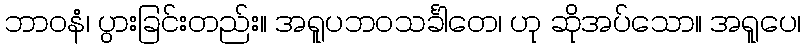
ဘာဝနံ၊ ပွားခြင်းတည်း။ အရူပဘဝသင်္ခါတေ၊ ဟု ဆိုအပ်သော။ အရူပေ၊